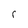
Character: r